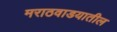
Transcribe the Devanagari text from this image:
मराठवाडयातील